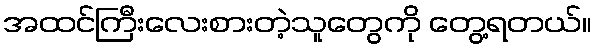
အထင်ကြီးလေးစားတဲ့သူတွေကို တွေ့ရတယ်။